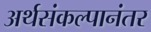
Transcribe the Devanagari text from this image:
अर्थसंकल्पानंतर